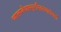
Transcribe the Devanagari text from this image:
व्यालम्बेथास्सुरभितनयालंभजां